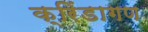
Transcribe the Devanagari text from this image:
क्रिंडागण